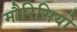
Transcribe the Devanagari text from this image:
मौरिसियो